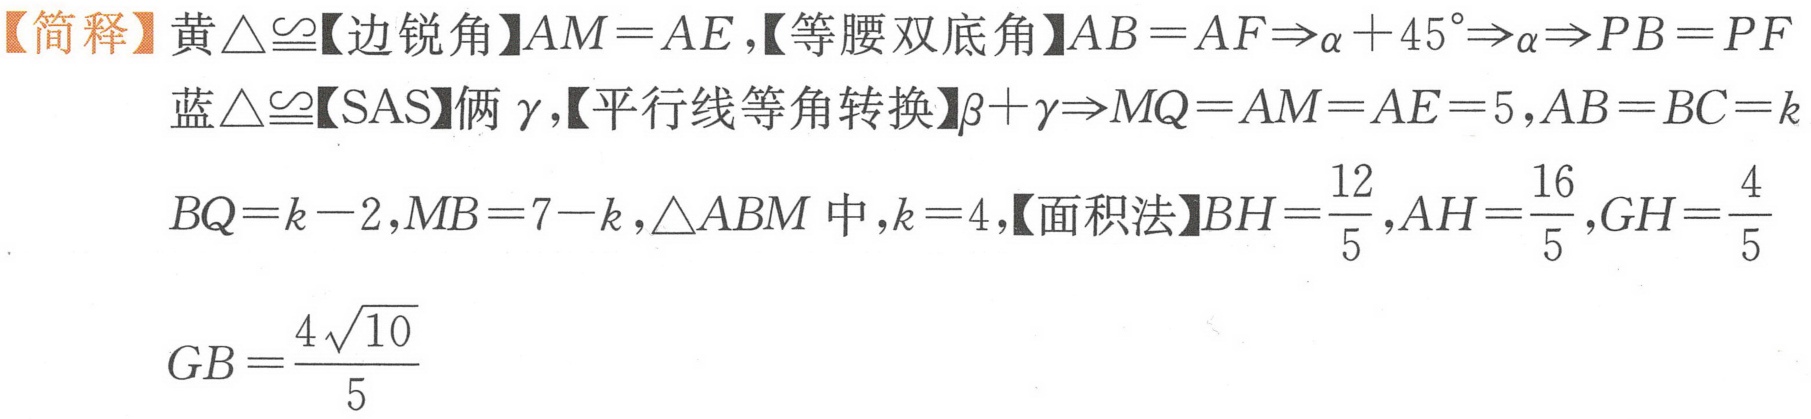
【简释】黄\(\triangle\cong\)【边锐角】\(AM = AE\)，【等腰双底角】\(AB = AF\Rightarrow\alpha + 45^{\circ}\Rightarrow\alpha\Rightarrow PB = PF\)
蓝\(\triangle\cong\)【SAS】俩\(\gamma\)，【平行线等角转换】\(\beta+\gamma\Rightarrow MQ = AM = AE = 5\)，\(AB = BC = k\)
\(BQ=k - 2\)，\(MB = 7 - k\)，\(\triangle ABM\)中，\(k = 4\)，【面积法】\(BH=\frac{12}{5}\)，\(AH=\frac{16}{5}\)，\(GH=\frac{4}{5}\)
\(GB=\frac{4\sqrt{10}}{5}\)